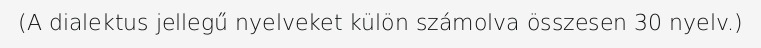
(A dialektus jellegű nyelveket külön számolva összesen 30 nyelv.)